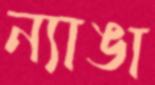
ন্যাঙা